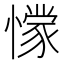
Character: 𭞾